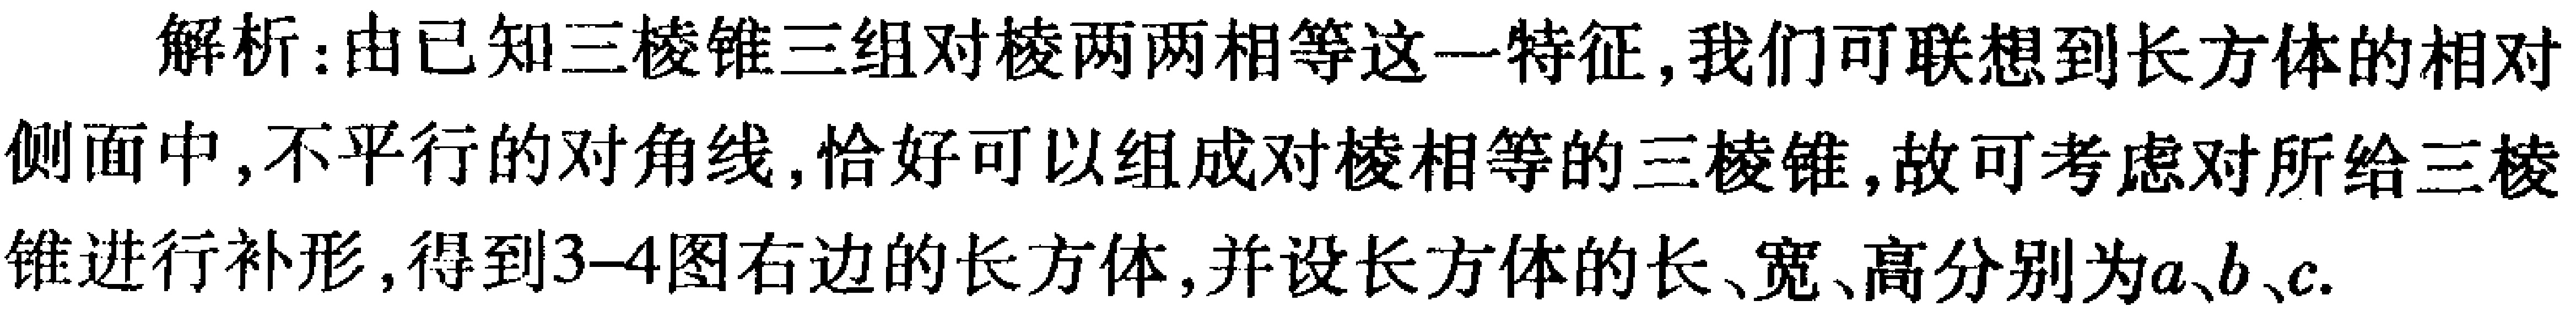
解析：由已知三棱锥三组对棱两两相等这一特征，我们可联想到长方体的相对侧面中，不平行的对角线，恰好可以组成对棱相等的三棱锥，故可考虑对所给三棱锥进行补形，得到3--4图右边的长方体，并设长方体的长、宽、高分别为\(a\)、\(b\)、\(c\).